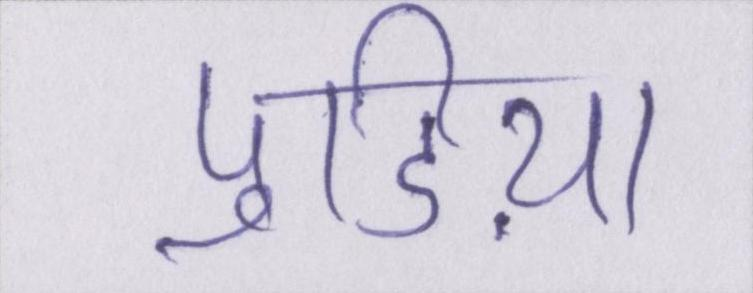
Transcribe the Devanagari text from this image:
पुडिय़ा